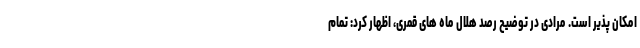
امکان پذیر است. مرادی در توضیح رصد هلال ماه های قمری، اظهار کرد: تمام